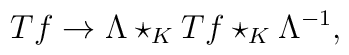
Tf\rightarrow \Lambda \star _{K}Tf\star _{K}\Lambda ^{-1},